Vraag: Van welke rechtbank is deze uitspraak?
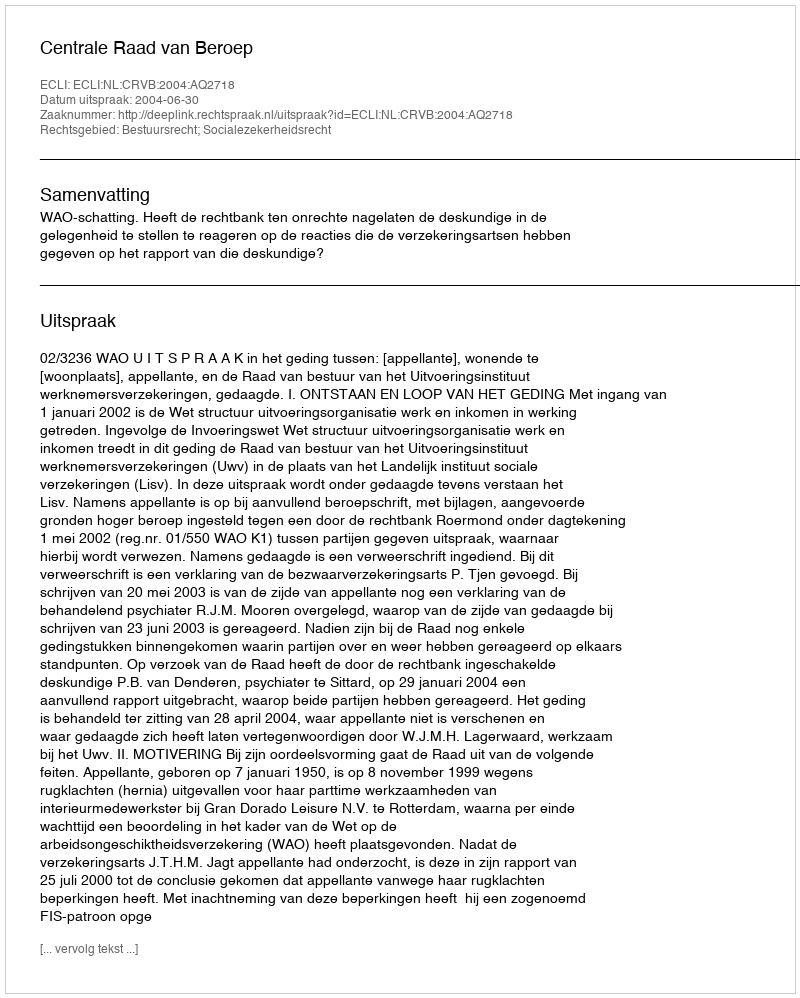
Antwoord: Centrale Raad van Beroep